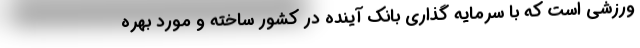
ورزشی است که با سرمایه گذاری بانک آینده در کشور ساخته و مورد بهره